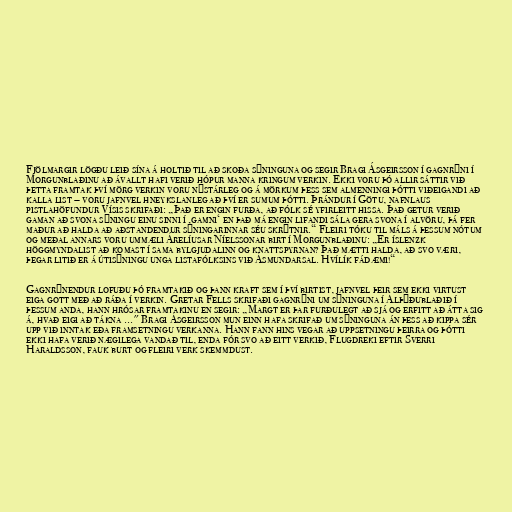
Fjölmargir lögðu leið sína á holtið til að skoða sýninguna og segir Bragi Ásgeirsson í gagnrýni í
Morgunblaðinu að ávallt hafi verið hópur manna kringum verkin. Ekki voru þó allir sáttir við
þetta framtak því mörg verkin voru nýstárleg og á mörkum þess sem almenningi þótti viðeigandi að
kalla list – voru jafnvel hneykslanleg að því er sumum þótti. Þrándur í Götu, nafnlaus
pistlahöfundur Vísis skrifaði: „Það er engin furða, að fólk sé yfirleitt hissa. Það getur verið
gaman að svona sýningu einu sinni í ‚gamni‘ en það má engin lifandi sála gera svona í alvöru, þá fer
maður að halda að aðstandendur sýningarinnar séu skrýtnir.“ Fleiri tóku til máls á þessum nótum
og meðal annars voru ummæli Árelíusar Níelssonar birt í Morgunblaðinu: „Er íslenzk
höggmyndalist að komast í sama bylgjudalinn og knattspyrnan? Það mætti halda, að svo væri,
þegar litið er á útisýningu unga listafólksins við Ásmundarsal. Hvílík fádæmi!“

Gagnrýnendur lofuðu þó framtakið og þann kraft sem í því birtist, jafnvel þeir sem ekki virtust
eiga gott með að ráða í verkin. Gretar Fells skrifaði gagnrýni um sýninguna í Alþýðublaðið í
þessum anda, hann hrósar framtakinu en segir: „Margt er þar furðulegt að sjá og erfitt að átta sig
á, hvað eigi að tákna ..." Bragi Ásgeirsson mun einn hafa skrifað um sýninguna án þess að kippa sér
upp við inntak eða framsetningu verkanna. Hann fann hins vegar að uppsetningu þeirra og þótti
ekki hafa verið nægilega vandað til, enda fór svo að eitt verkið, Flugdreki eftir Sverri
Haraldsson, fauk burt og fleiri verk skemmdust.